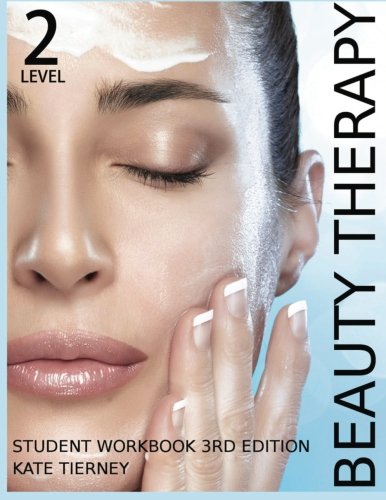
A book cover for Beauty Therapy Level 2 Student Workbook: 3,000 Revision Questions (Beauty & Holisitic Studies); Kate Tierney; Education & Teaching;